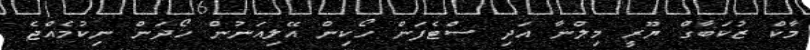
މާކް ޒުކަބާގް ޔޫރީ މިލްނާ އަދި ސްޓެފަން ހޯކިން އޭލިއަނުން ހޯދަން ނިކުމެއްޖެ